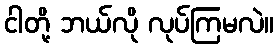
ငါတို့ ဘယ်လို လုပ်ကြမလဲ။